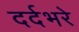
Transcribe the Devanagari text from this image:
दर्दभरे